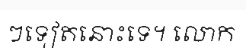
ៗទៀតនោះទេ។ លោក